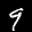
Label: 9